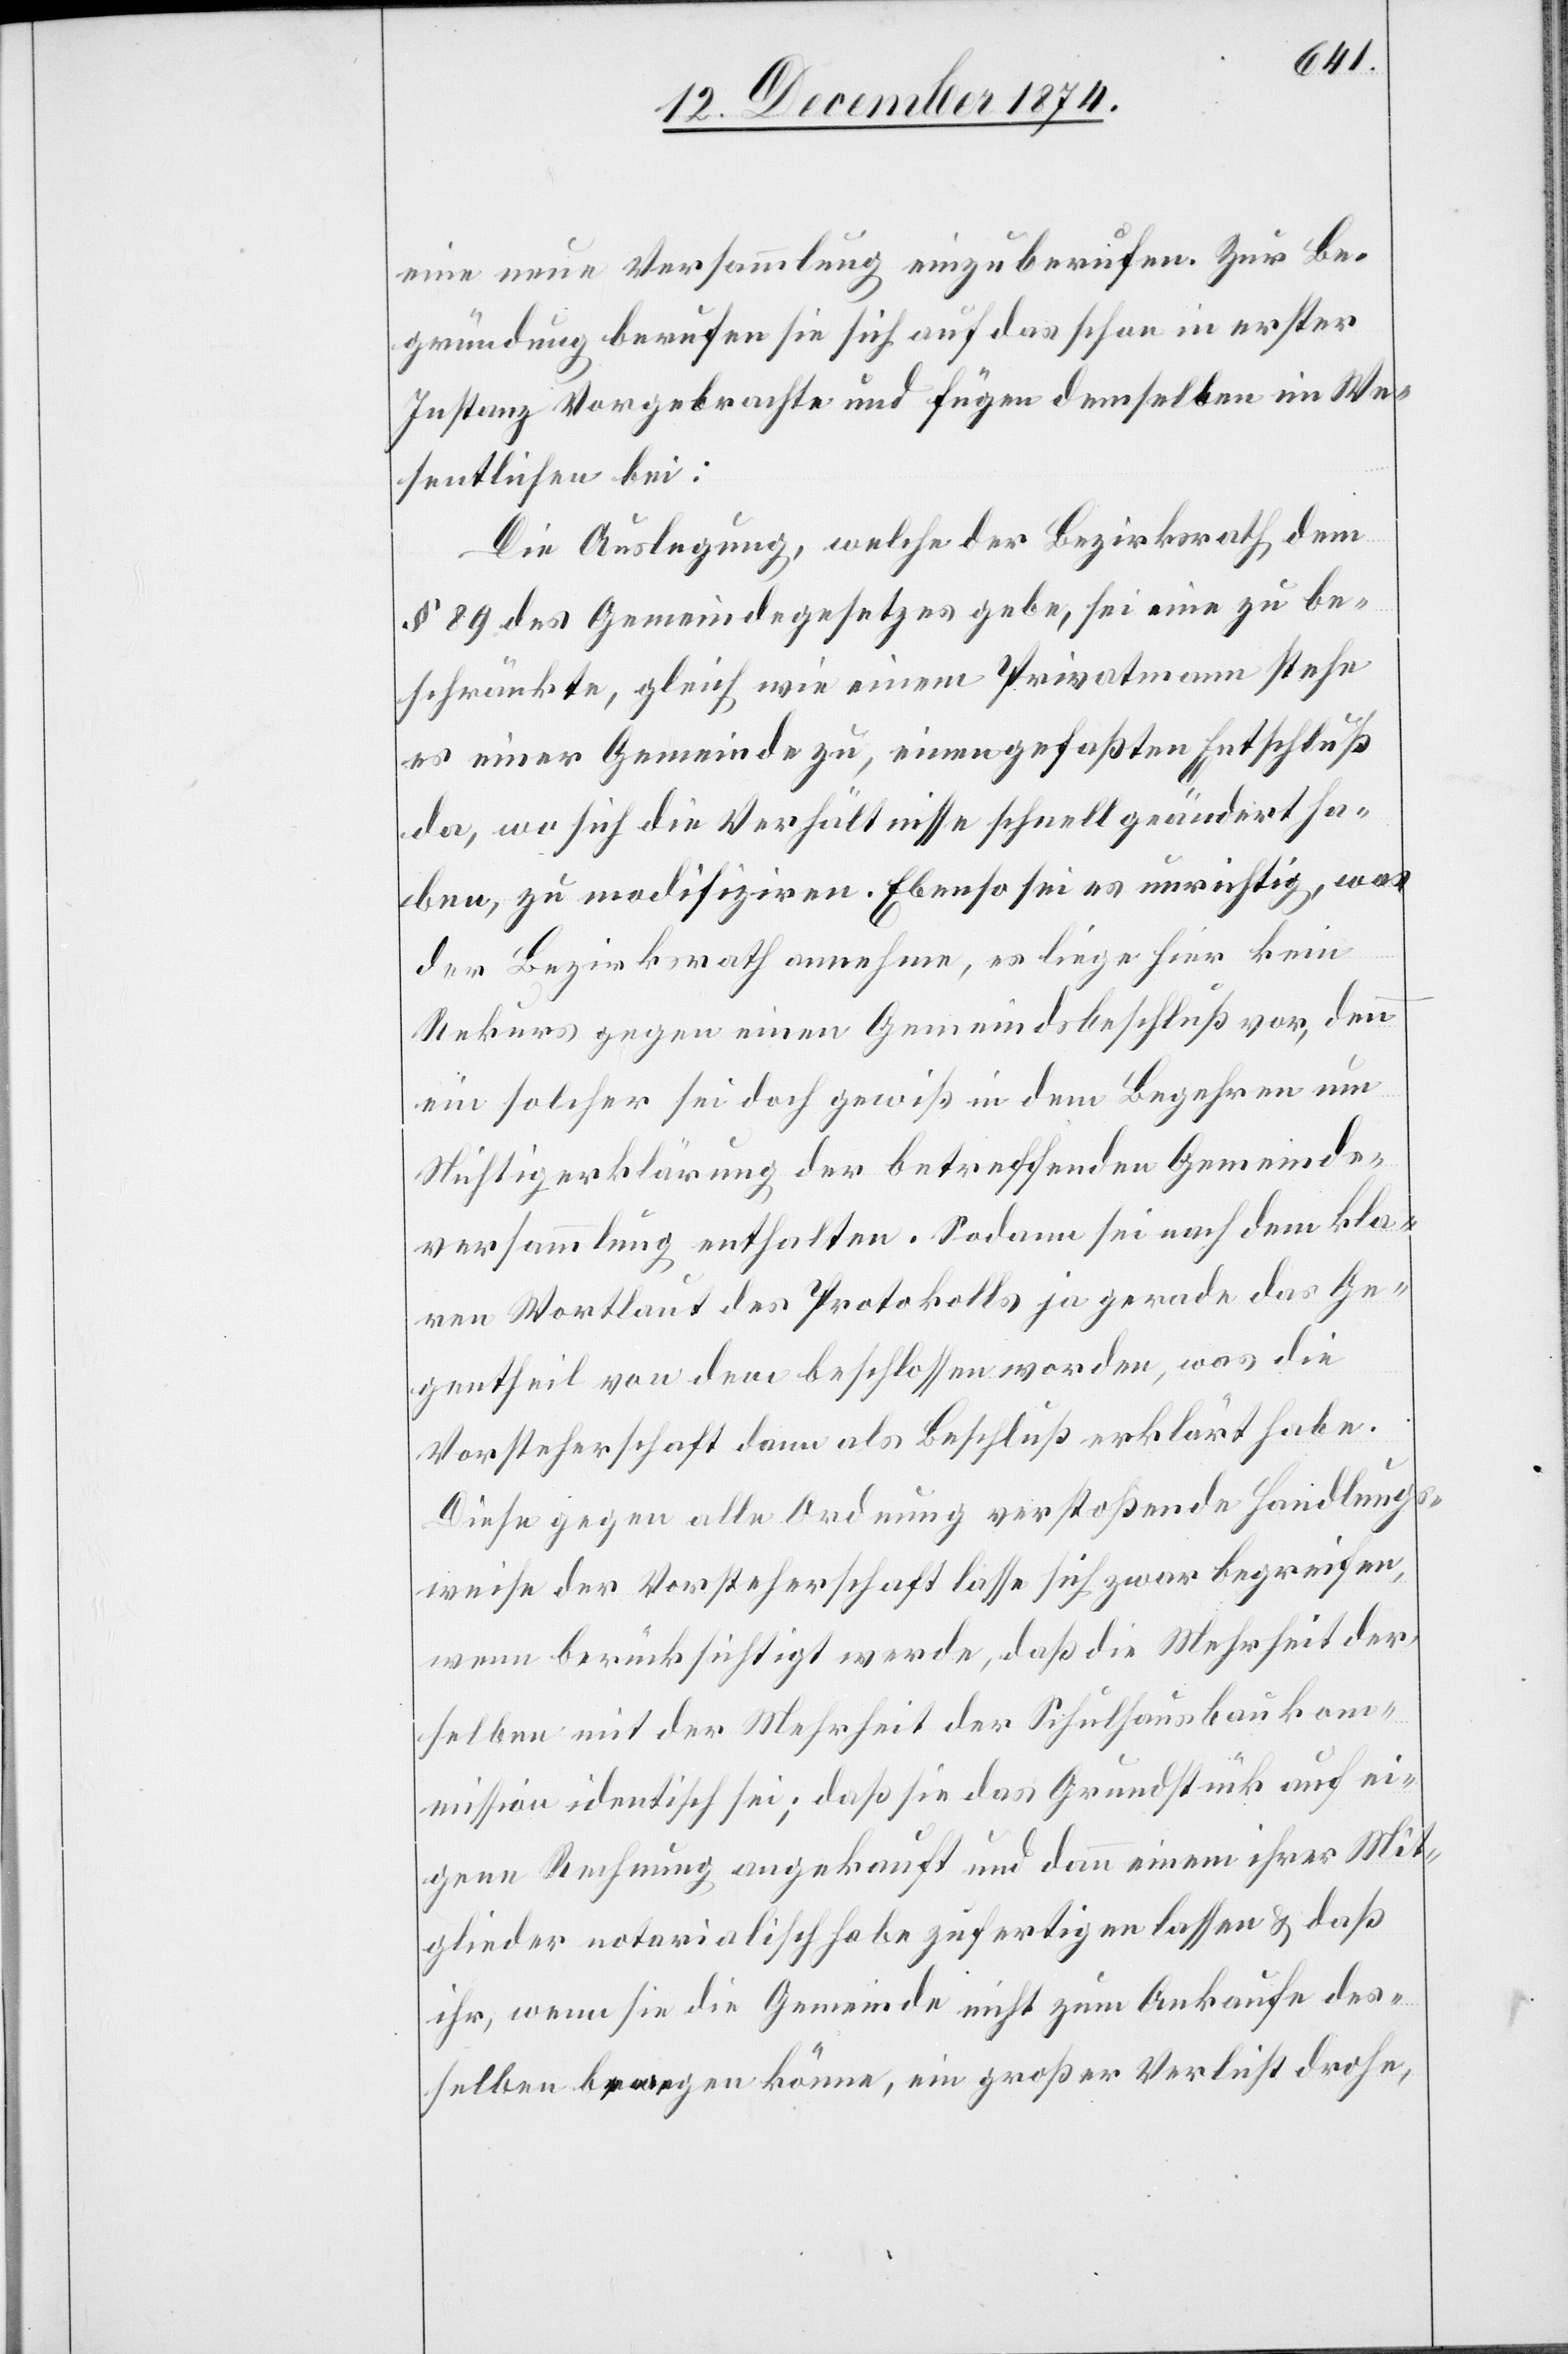
eine neue Versammlung einzuberufen. Zur Be¬
gründung berufen sie sich auf das schon in erster
Instanz Vorgebrachte und fügen demselben im We¬
sentlichen bei:
Die Auslegung, welche der Bezirksrath dem
§ 89 des Gemeindegesetzes gebe, sei eine zu be¬
schränkte, gleich wie einem Privatmann stehe
es einer Gemeinde zu, einen gefaßten Entschluß
da, wo sich die Verhältnisse schnell geändert ha¬
ben, zu modifiziren. Ebenso sei es unrichtig, was
der Bezirksrath annehme, es liege hier kein
Rekurs gegen einen Gemeindsbeschluß vor, denn
ein solcher sei doch gewiß in dem Begehren um
Nichtigerklärung der betreffenden Gemeinds¬
versammlung enthalten. Sodann sei nach dem kla¬
ren Wortlaut des Protokolls ja gerade das Ge¬
gentheil von dem beschlossen worden, was die
Vorsteherschaft dann als Beschluß erklärt habe.
Diese gegen alle Ordnung verstoßende Handlungs¬
weise der Vorsteherschaft lasse sich zwar begreifen,
wenn berücksichtigt werde, daß die Mehrheit der¬
selben mit der Mehrheit der Schulhausbaukom¬
mission identisch sei; daß sie das Grundstück auf ei¬
gene Rechnung angekauft und dann einem ihrer Mit¬
glieder notarialisch habe zufertigen lassen & daß
ihr, wenn sie die Gemeinde nicht zum Ankaufe des¬
selben bewegen könne, ein großer Verlust drohe,